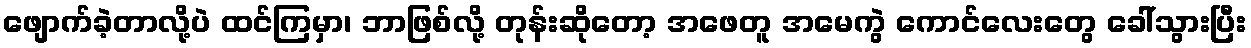
ဖျောက်ခဲ့တာလို့ပဲ ထင်ကြမှာ၊ ဘာဖြစ်လို့ တုန်းဆိုတော့ အဖေတူ အမေကွဲ ကောင်လေးတွေ ခေါ်သွားပြီး